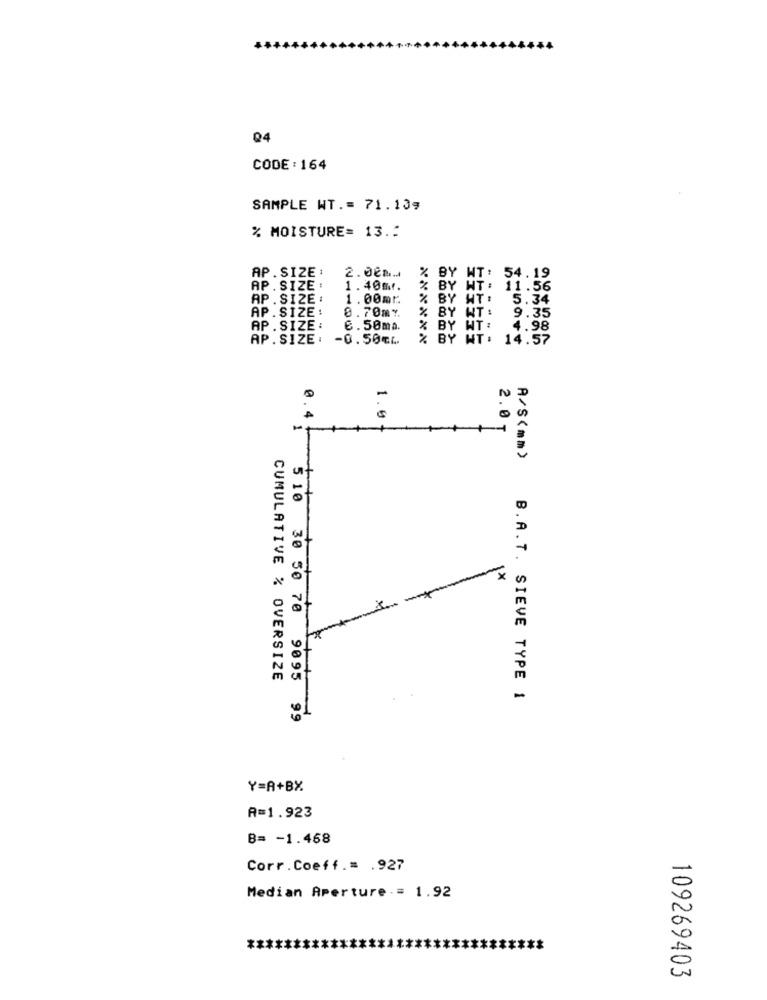
Q4
CODE : 164
SAMPLE WT .= 71.13,
% MOISTURE= 13 .:
AP. SIZE :
2.008 ...
BY WT: 54.19
AP . SIZE :
1.40m.
% BY WT: 11.56
AP. SIZE :
1.00mr.
% BY HT .
5.34
AP.SIZE:
0.70mv.
% BY WT: 9.35
AP. SIZE :
6. 50ma.
% BY WT: 4.98
AP. SIZE :
-0.50CL
% BY WT: 14.57
×22222
1.0
2.0 T
A/S(mm)
-
st
6
1
CUMULATIVE % OVERSIZE
.4 510 30 50 70 9095
B.A. T . SIEVE TYPE 1
99
Y=A+BX
A=1.923
B= - 1.468
Corr.Coeff .= . 927
-
Median Aperture ·= 1.92
**
0
109269403